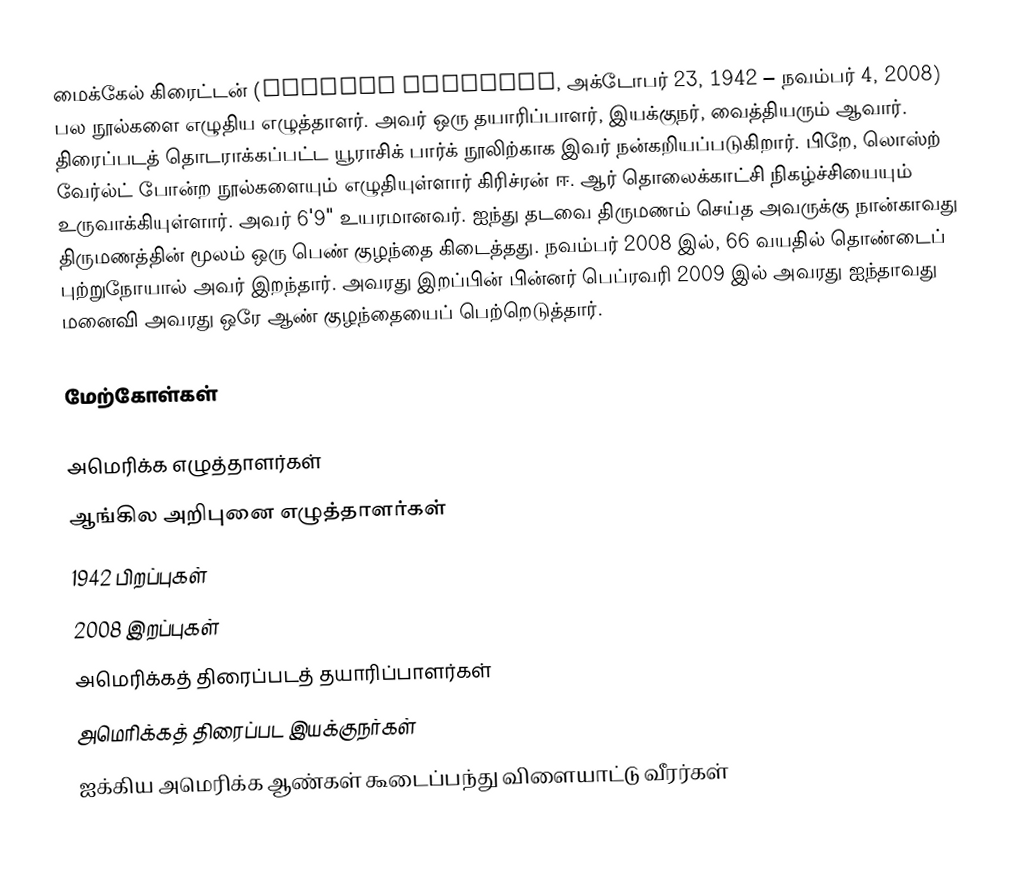
மைக்கேல் கிரைட்டன் (Michael Crichton, அக்டோபர் 23, 1942 – நவம்பர் 4, 2008) பல நூல்களை எழுதிய எழுத்தாளர். அவர் ஒரு தயாரிப்பாளர், இயக்குநர், வைத்தியரும் ஆவார். திரைப்படத் தொடராக்கப்பட்ட யூராசிக் பார்க் நூலிற்காக இவர் நன்கறியப்படுகிறார். பிறே, லொஸ்ற் வேர்ல்ட் போன்ற நூல்களையும் எழுதியுள்ளார் கிரிச்ரன் ஈ. ஆர் தொலைக்காட்சி நிகழ்ச்சியையும் உருவாக்கியுள்ளார். அவர் 6'9" உயரமானவர். ஐந்து தடவை திருமணம் செய்த அவருக்கு நான்காவது திருமணத்தின் மூலம் ஒரு பெண் குழந்தை கிடைத்தது. நவம்பர் 2008 இல், 66 வயதில் தொண்டைப் புற்றுநோயால் அவர் இறந்தார். அவரது இறப்பின் பின்னர் பெப்ரவரி 2009 இல் அவரது ஐந்தாவது மனைவி அவரது ஒரே ஆண் குழந்தையைப் பெற்றெடுத்தார்.

மேற்கோள்கள்

அமெரிக்க எழுத்தாளர்கள்
ஆங்கில அறிபுனை எழுத்தாளர்கள்
1942 பிறப்புகள்
2008 இறப்புகள்
அமெரிக்கத் திரைப்படத் தயாரிப்பாளர்கள்
அமெரிக்கத் திரைப்பட இயக்குநர்கள்
ஐக்கிய அமெரிக்க ஆண்கள் கூடைப்பந்து விளையாட்டு வீரர்கள்